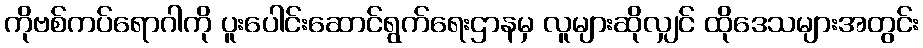
ကိုဗစ်ကပ်ရောဂါကို ပူးပေါင်းဆောင်ရွက်ရေးဌာနမှ လူများဆိုလျှင် ထိုဒေသများအတွင်း